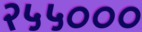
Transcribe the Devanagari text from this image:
२५५०००